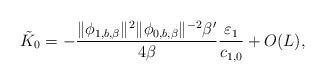
LaTeX: \begin{align*} \tilde K_0 = -\frac{\| \phi_{1, b, \beta }\|^{2} \| \phi_{0, b, \beta }\|^{-2}\beta' }{4\beta} \frac{\varepsilon_1}{c_{1,0}} + O(L), \end{align*}